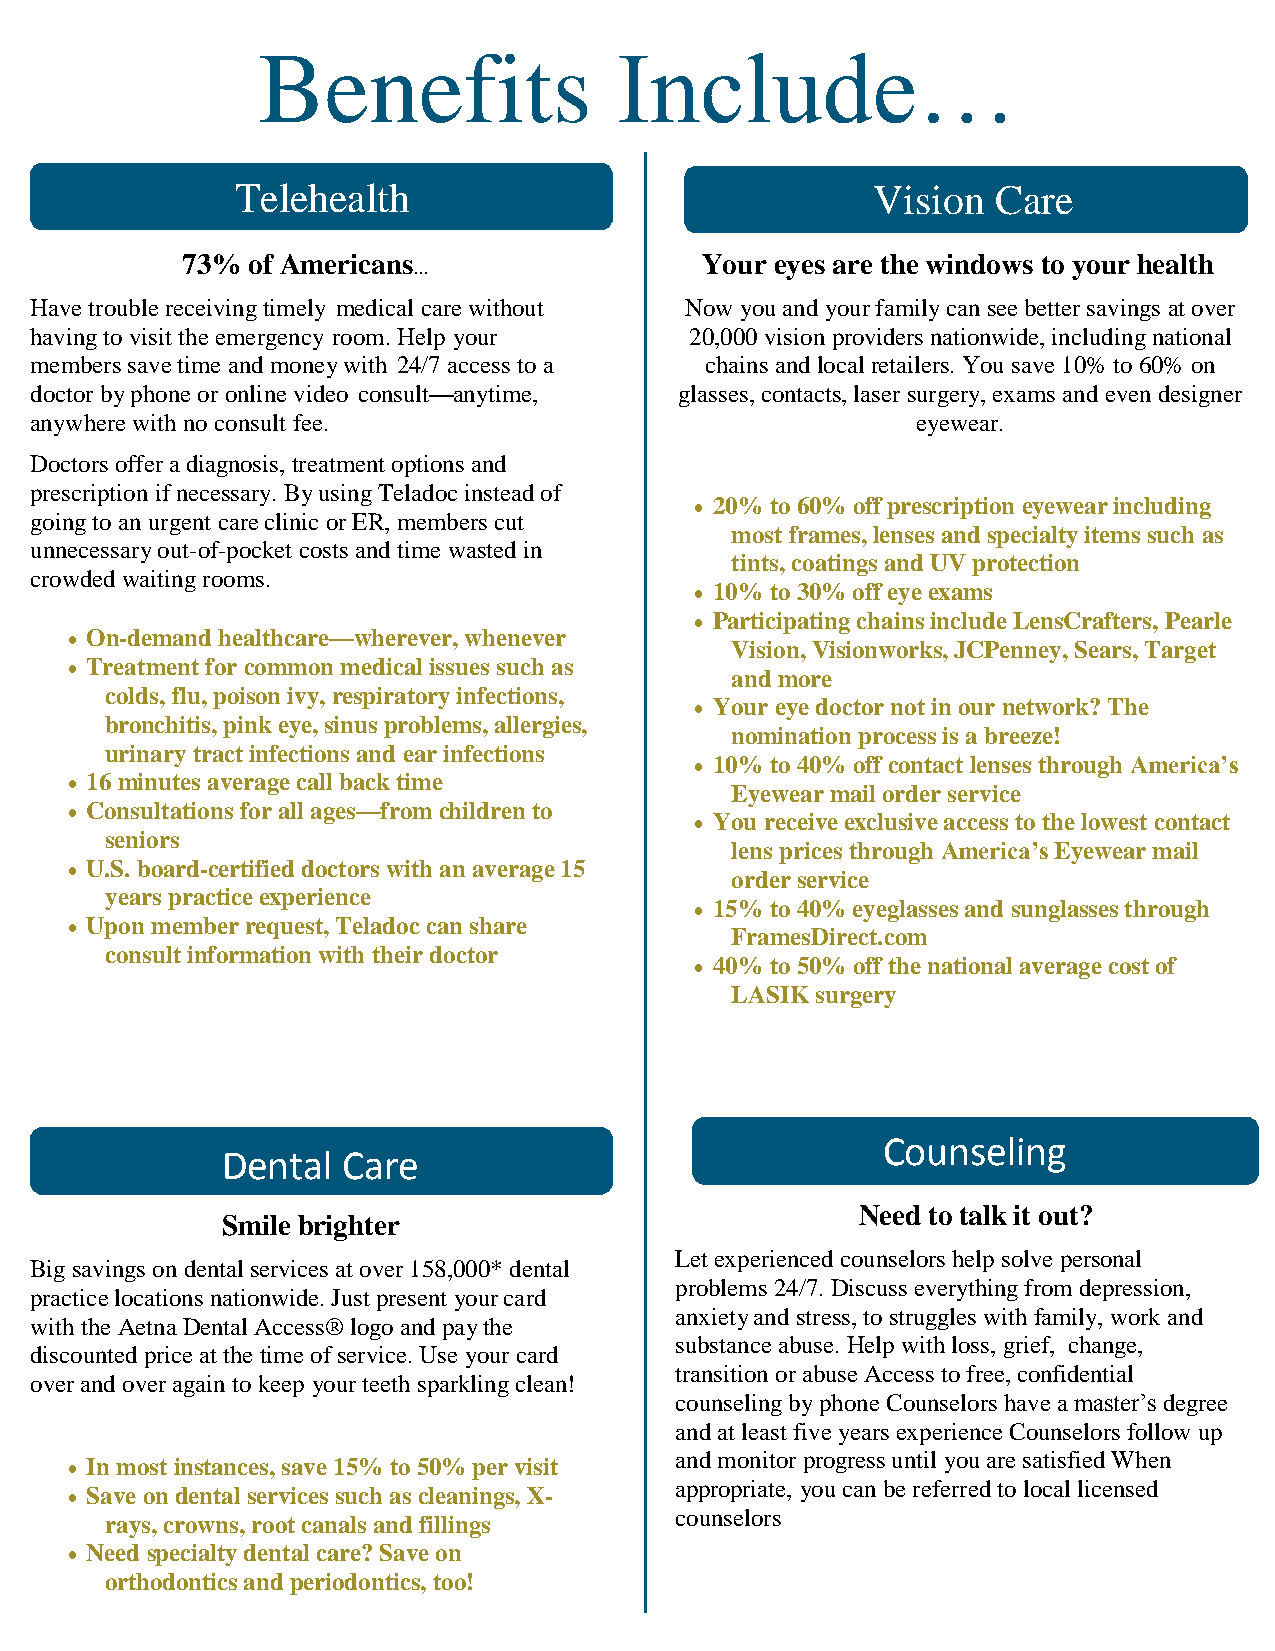
Benefits                Include…
 Telehealth                                Vision  Care
 73% of Americans…                 Your eyes are the windows to your health
 Have trouble receiving timely medical care without Now you and your family can see better savings at over
 having to visit the emergency room. Help your 20,000 vision providers nationwide, including national
 members save time and money with 24/7 access to a chains and local retailers. You save 10% to 60% on
 doctor by phone or online video consult—anytime, glasses, contacts, laser surgery, exams and even designer
 anywhere with no consult fee.                              eyewear.
 Doctors offer a diagnosis, treatment options and
 prescription if necessary. By using Teladoc instead of
  20% to 60% off prescription eyewear including
 going to an urgent care clinic or ER, members cut
 most frames, lenses and specialty items such as
 unnecessary out-of-pocket costs and time wasted in
 tints, coatings and UV protection
 crowded waiting rooms.
  10% to 30% off eye exams
  Participating chains include LensCrafters, Pearle
  On-demand healthcare—wherever, whenever
 Vision, Visionworks, JCPenney, Sears, Target
  Treatment for common medical issues such as
 and more
 colds, flu, poison ivy, respiratory infections,
  Your eye doctor not in our network? The
 bronchitis, pink eye, sinus problems, allergies,
 nomination process is a breeze!
 urinary tract infections and ear infections
  10% to 40% off contact lenses through America’s
  16 minutes average call back time
 Eyewear mail order service
  Consultations for all ages—from children to
  You receive exclusive access to the lowest contact
 seniors
 lens prices through America’s Eyewear mail
  U.S. board-certified doctors with an average 15
 order service
 years practice experience
  15% to 40% eyeglasses and sunglasses through
  Upon member request, Teladoc can share
 FramesDirect.com
 consult information with their doctor
  40% to 50% off the national average cost of
 LASIK surgery
 Counseling
 Dental  Care
 Need to talk it out?
 Smile brighter
 Let experienced counselors help solve personal
 Big savings on dental services at over 158,000* dental
 problems 24/7. Discuss everything from depression,
 practice locations nationwide. Just present your card
 anxiety and stress, to struggles with family, work and
 with the Aetna Dental Access® logo and pay the
 substance abuse. Help with loss, grief, change,
 discounted price at the time of service. Use your card
 transition or abuse Access to free, confidential
 over and over again to keep your teeth sparkling clean!
 counseling by phone Counselors have a master’s degree
 and at least five years experience Counselors follow up
 and monitor progress until you are satisfied When
  In most instances, save 15% to 50% per visit
 appropriate, you can be referred to local licensed
  Save on dental services such as cleanings, X-
 counselors
 rays, crowns, root canals and fillings
  Need specialty dental care? Save on
 orthodontics and periodontics, too!